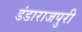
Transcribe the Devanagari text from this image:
डंडाराजपुरी